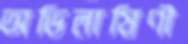
অভিলাষিণী